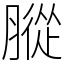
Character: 䐫